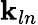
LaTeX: \mathbf{k}_{ln}